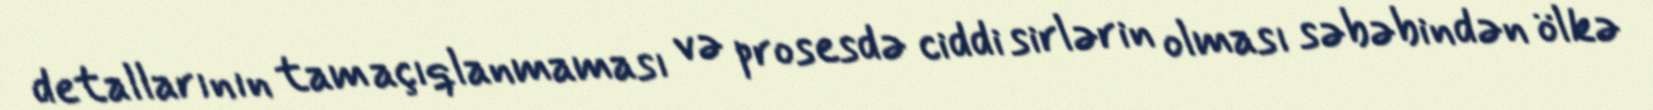
detallarının tam açıqlanmaması və prosesdə ciddi sirlərin olması səbəbindən ölkə